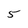
Character: 5